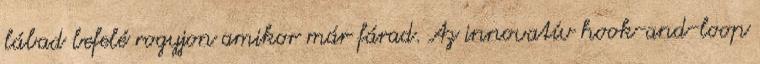
lábad befelé rogyjon amikor már fárad. Az innovatív hook-and-loop